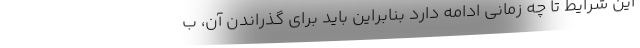
این شرایط تا چه زمانی ادامه دارد بنابراین باید برای گذراندن آن، ب